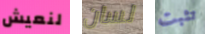
لنعيش لسان تثبت